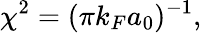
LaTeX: \chi^{2}=(\pi k_{F}a_{0})^{-1},